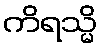
ကိရသ္မိ